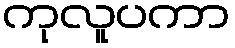
ကုလူပကာ